Report on vaccination North-West Frontier Province 1904-1922 - 1904-1922
Year: 1904
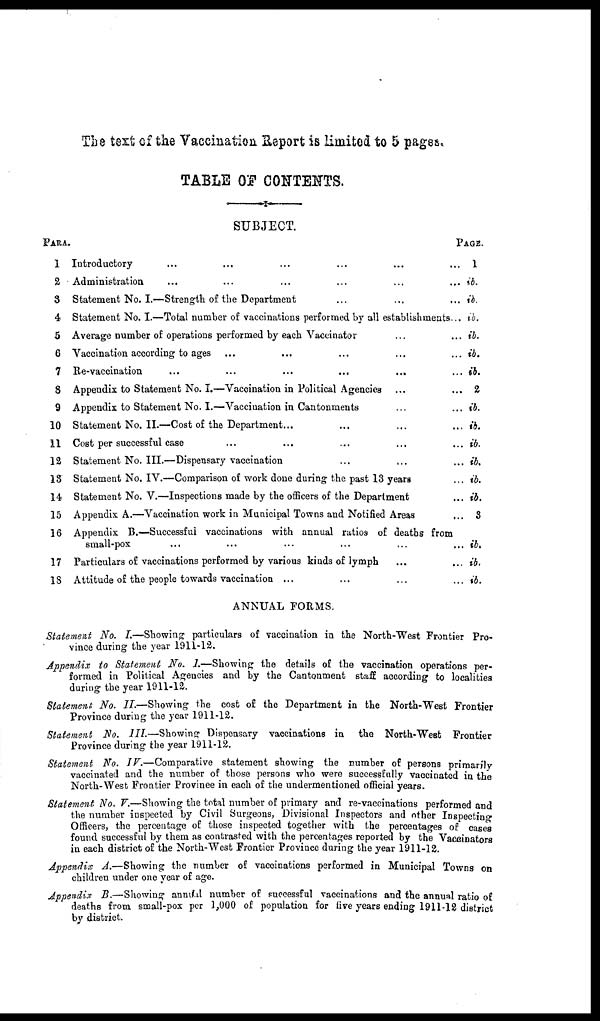
The text of the Vaccination Report is limited to 5 pages.
TABLE OF CONTENTS.
PARA.
1
2
3
4
5
6
7
8
9
10
11
12
13
14
15
16
17
18
SUBJECT.
Introductory ... ... ... ... ... ...
Administration ... ... ... ... ... ...
Statement No. I.—Strength of the Department ... ... ...
Statement No. I.—Total number of vaccinations performed by all establishments...
Average number of operations performed by each Vaccinator ... ...
Vaccination according to ages ... ... ... ... ...
Re-vaccination
...
...
...
...
... ...
Appendix to Statement No. I.—Vaccination in Political Agencies ... ...
Appendix to Statement No. I.—Vaccination in Cantonments ... ...
Statement No. II.—Cost of the Department... ... ... ...
Cost per successful case ... ... ... ... ...
Statement No. III.—Dispensary vaccination ... ... ...
Statement No. IV.—Comparison of work done during the past 13 years ...
Statement No. V.—Inspections made by the officers of the Department ...
Appendix A.—Vaccination work in Municipal Towns and Notified Areas ...
Appendix B.—Successful vaccinations with annual ratios of deaths from
small-pox ... ... ... ... ... ...
Particulars of vaccinations performed by various kinds of lymph ... ...
Attitude of the people towards vaccination ... ... ... ...
PAGE.
1
ib.
ib.
ib.
ib.
ib.
ib.
2
ib.
ib.
ib.
ib.
ib.
ib.
3
ib.
ib.
ib.
ANNUAL FORMS.
Statement No. I.—Showing particulars of vaccination in the North-West Frontier Pro-
vince during the year 1911-12.
Appendix to Statement No. I.—Showing the details of the vaccination operations per-
formed in Political Agencies and by the Cantonment staff according to localities
during the year 1911-12.
Statement No. II.—Showing the cost of the Department in the North-West Frontier
Province during the year 1911-12.
Statement No. III.—Showing Dispensary vaccinations in the North-West Frontier
Province during the year 1911-12.
Statement No. IV.—Comparative
statement showing the number of persons primarily
vaccinated and the number of those persons who were successfully vaccinated in the
North-West Frontier Province in each of the undermentioned official years.
Statement No. V.—Showing the total number of primary and re-vaccinations performed and
the number inspected by Civil Surgeons, Divisional Inspectors and other Inspecting
Officers, the percentage of those inspected together with the percentages of cases
found successful by them as contrasted with the percentages reported by the Vaccinators
in each district of the North-West Frontier Province during the year 1911-12.
Appendix A.—Showing the number of vaccinations performed in Municipal Towns on
children under one year of age.
Appendix B.—Showing annual number of successful vaccinations and the annual ratio of
deaths from small-pox per 3,000 of population for five years ending 1911-12 district
by district.